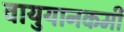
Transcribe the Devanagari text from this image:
वायुयानकर्मी